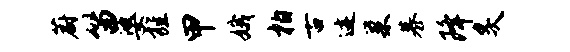
蔚笛婆旌甲娥柏古迹巢慕降炙